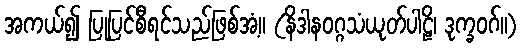
အကယ်၍ ပြုပြင်စီရင်သည်ဖြစ်အံ့။ (နိဒါနဝဂ္ဂသံယုတ်ပါဠိ၊ ဒုက္ခဝဂ်။)